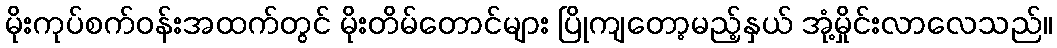
မိုးကုပ်စက်ဝန်းအထက်တွင် မိုးတိမ်တောင်များ ပြိုကျတော့မည့်နှယ် အုံ့မှိုင်းလာလေသည်။